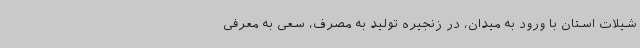
شیلات استان با ورود به میدان، در زنجیره تولید به مصرف، سعی به معرفی